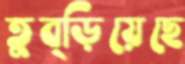
তুব্‌ড়িয়েছে